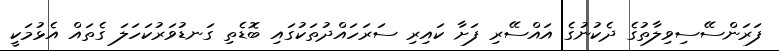
ފަރަންސޭސިވިލާތުގެ ދެކުނުގެ އައްސޭރި ފަށާ ކައިރި ސަރަހައްދުތަކުގައި ބޮޑެތި ގަނޑުވަރުކަހަލަ ގެތައް އެޅުމަކީ